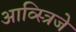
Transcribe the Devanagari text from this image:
आव्स्त्रिजे